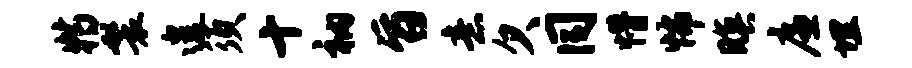
特鬟遑须十衲旨意欠同懵怖暝廉埋